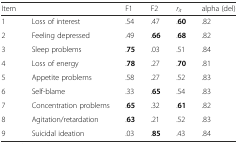
<table><thead><tr><td><b>Item</b></td><td></td><td><b>F1</b></td><td><b>F2</b></td><td><b><i>r</i><sub><i>it</i></sub></b></td><td><b>alpha (del)</b></td></tr></thead><tbody><tr><td>1</td><td>Loss of interest</td><td>.54</td><td>.47</td><td>.<b>60</b></td><td>.82</td></tr><tr><td>2</td><td>Feeling depressed</td><td>.49</td><td>.<b>66</b></td><td>.<b>68</b></td><td>.82</td></tr><tr><td>3</td><td>Sleep problems</td><td>.<b>75</b></td><td>.03</td><td>.51</td><td>.84</td></tr><tr><td>4</td><td>Loss of energy</td><td>.<b>78</b></td><td>.27</td><td>.<b>70</b></td><td>.81</td></tr><tr><td>5</td><td>Appetite problems</td><td>.58</td><td>.27</td><td>.52</td><td>.83</td></tr><tr><td>6</td><td>Self-blame</td><td>.33</td><td>.<b>65</b></td><td>.54</td><td>.83</td></tr><tr><td>7</td><td>Concentration problems</td><td>.<b>65</b></td><td>.32</td><td>.<b>61</b></td><td>.82</td></tr><tr><td>8</td><td>Agitation/retardation</td><td>.<b>63</b></td><td>.21</td><td>.52</td><td>.83</td></tr><tr><td>9</td><td>Suicidal ideation</td><td>.03</td><td>.<b>85</b></td><td>.43</td><td>.84</td></tr></tbody></table>